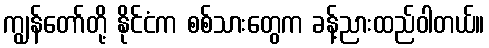
ကျွန်တော်တို့ နိုင်ငံက စစ်သားတွေက ခန့်ညားထည်ဝါတယ်။